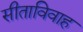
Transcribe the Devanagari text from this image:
सीताविवाह